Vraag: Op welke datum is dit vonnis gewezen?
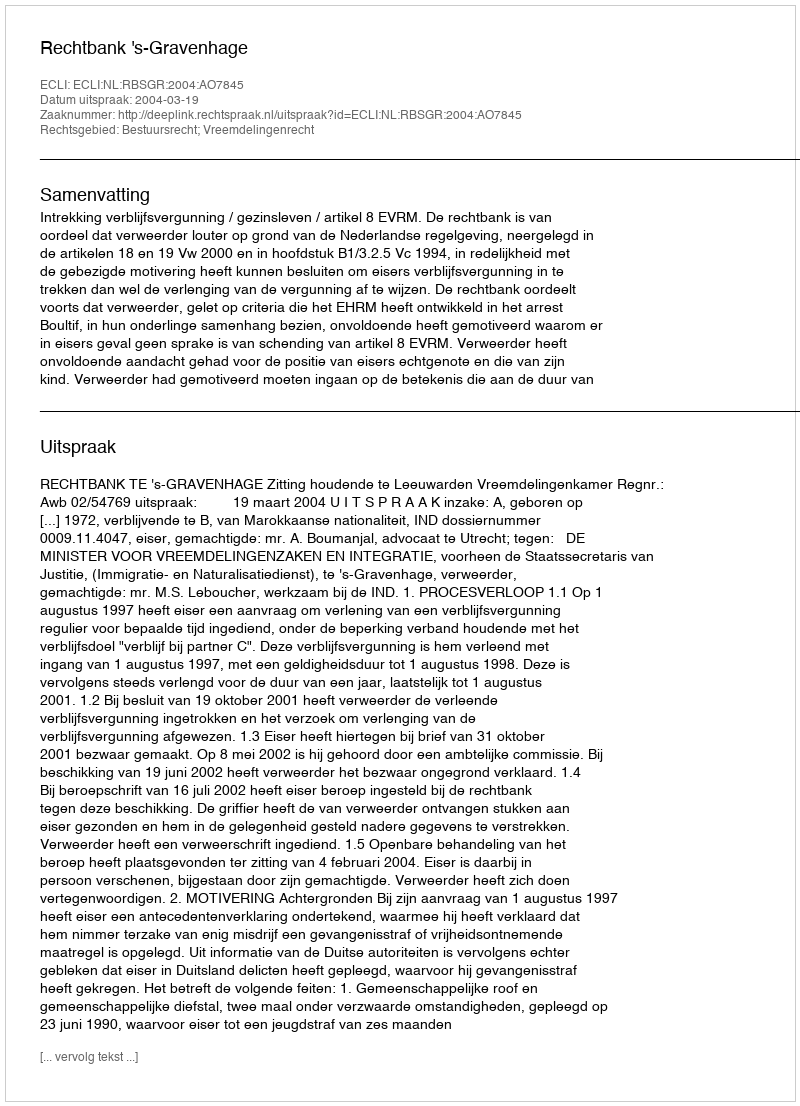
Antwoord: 2004-03-19